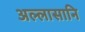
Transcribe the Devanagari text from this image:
अल्लासानि